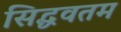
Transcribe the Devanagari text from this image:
सिद्धवतम